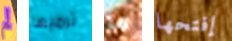
لم ترميها ما إفتحها